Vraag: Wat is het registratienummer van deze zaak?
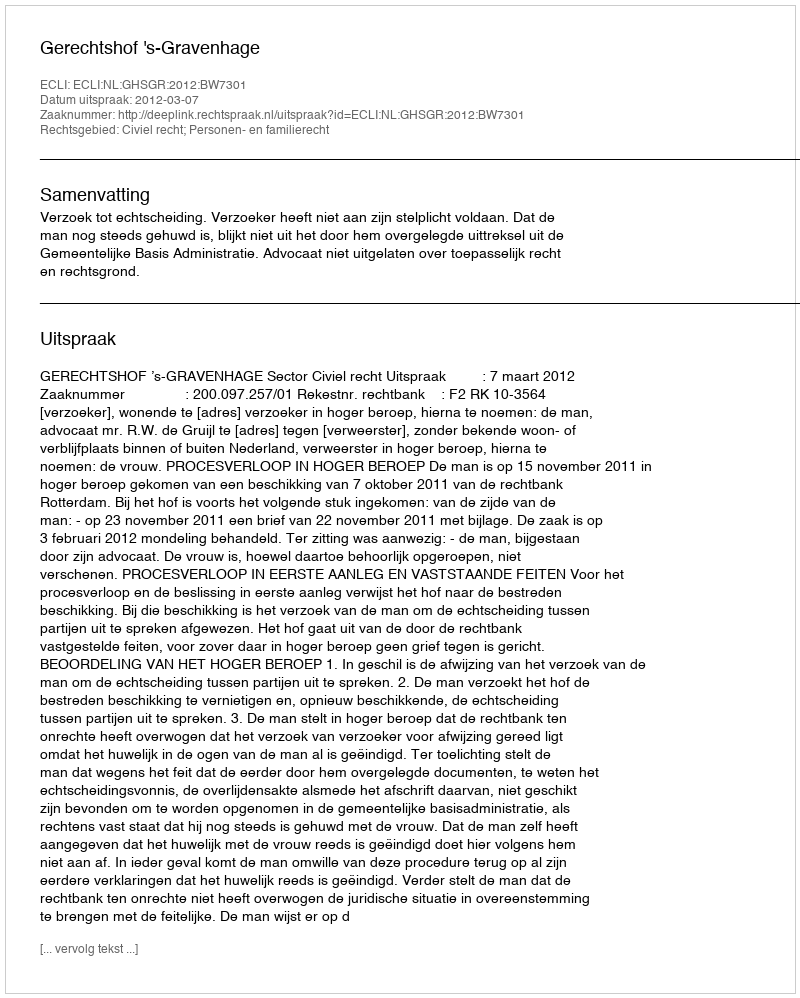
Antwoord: http://deeplink.rechtspraak.nl/uitspraak?id=ECLI:NL:GHSGR:2012:BW7301